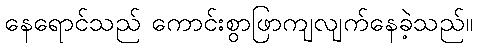
နေရောင်သည် ကောင်းစွာဖြာကျလျက်နေခဲ့သည်။